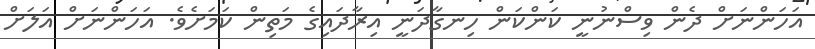
އަހަންނަށް ދެން ވިސްނުނީ ކަންކަން ހިނގާދަނީ އިރާދައިގެ މަތިން ކަމަށެވެ. އަހަންނަށް އަލަށް